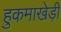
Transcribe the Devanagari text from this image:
हुकमाखेड़ी